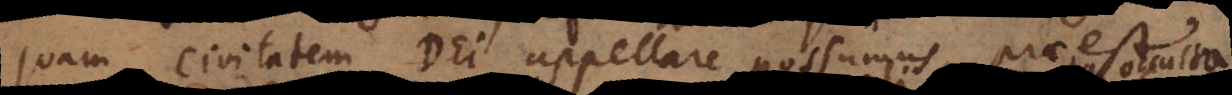
quam civitatem Dei appellare possumus, praeest.